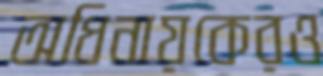
অধিনায়কেরও